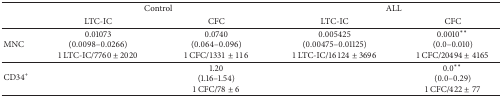
|  | <COLSPAN=2> Control | <COLSPAN=2> ALL |
 |  | LTC-IC | CFC | LTC-IC | CFC |
 | --- | --- | --- | --- | --- |
 | MNC | 0.01073(0.0098–0.0266)1 LTC-IC/7760 ± 2020 | 0.0740(0.064–0.096)1 CFC/1331 ± 116 | 0.005425(0.00475–0.01125)1 LTC-IC/16124 ± 3696 | 0.0010** (0.0–0.010)1 CFC/20494 ± 4165 |
 | CD34+ |  | 1.20(1.16–1.54)1 CFC/78 ± 6 |  | 0.0** (0.0–0.29)1 CFC/422 ± 77 |